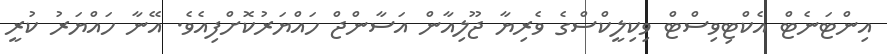
އިންޓަނެޓް އެކްޓިވިސްޓް ވިކިލީކްސްގެ ވެރިޔާ ޖޫލިއާން އަސާންޖް ހައްޔަރުކޮށްފިއެވެ. އޭނާ ހައްޔަރު ކުރީ